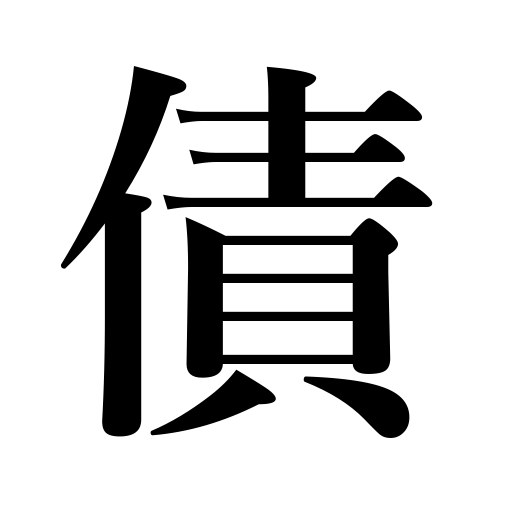
Meanings: debt,loan